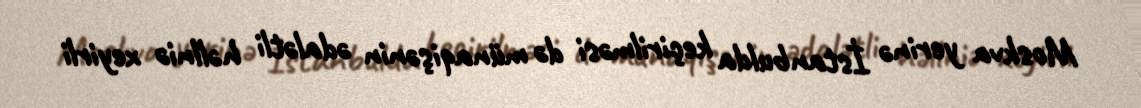
Moskva yerinə İstanbulda keçirilməsi də münaqişənin ədalətli həllniə xeyirli